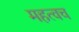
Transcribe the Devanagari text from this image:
महत्वच